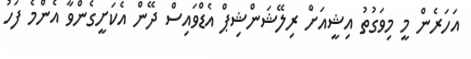
އަހަރެން މީ މިވަގުތު އިޝީއަށް ރިލޭޝަންޝިޕް އެޑްވައިސް ދޭން އެކަށީގެންވާ އެންމެ ފަހު